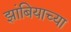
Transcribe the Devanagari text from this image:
झांबियाच्या